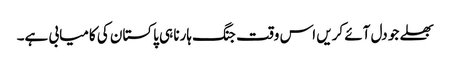
بھلے جو دل آئے کریں اس وقت جنگ ہارنا ہی پاکستان کی کامیابی ہے۔